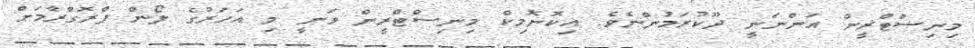
މިނިސްޓްރީން އަންނަނީ ދޫކުރަމުންނެވެ. އިކޮނޮމިކް މިނިސްޓްރީން ވަނީ މި އަހަރުގެ ލޯން ޕްރޮގްރާމަށް